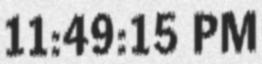
11:49:15 PM